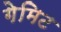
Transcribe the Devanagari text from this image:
गेमिट